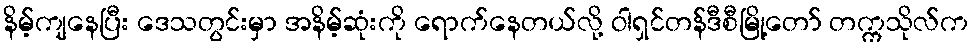
နိမ့်ကျနေပြီး ဒေသတွင်းမှာ အနိမ့်ဆုံးကို ရောက်နေတယ်လို့ ဝါရှင်တန်ဒီစီမြို့တော် တက္ကသိုလ်က